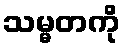
သမ္မတကို